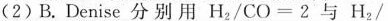
(2)B.Denise分别用$$H _ { 2 } / C O = 2$$与H_{2}/